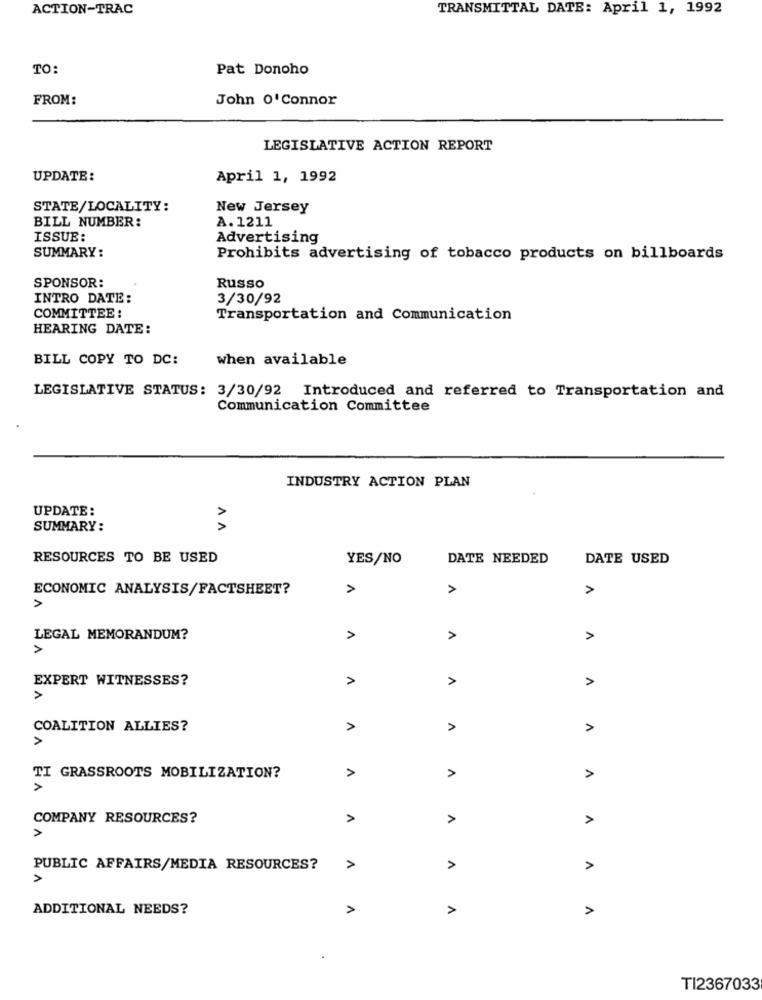
ACTION-TRAC
TRANSMITTAL DATE: April 1, 1992
TO:
Pat Donoho
FROM:
John O'Connor
LEGISLATIVE ACTION REPORT
UPDATE:
April 1, 1992
STATE/LOCALITY:
New Jersey
BILL NUMBER:
A. 1211
ISSUE:
Advertising
SUMMARY:
Prohibits advertising of tobacco products on billboards
SPONSOR:
Russo
INTRO DATE:
3/30/92
COMMITTEE :
Transportation and Communication
HEARING DATE:
BILL COPY TO DC:
when available
LEGISLATIVE STATUS: 3/30/92 Introduced and referred to Transportation and
Communication Committee
INDUSTRY ACTION PLAN
UPDATE:
SUMMARY:
AA
RESOURCES TO BE USED
YES/NO
DATE NEEDED
DATE USED
ECONOMIC ANALYSIS/FACTSHEET?
A
>
A
LEGAL MEMORANDUM?
A
A
EXPERT WITNESSES?
A
A
COALITION ALLIES?
>
A
>
A
TI GRASSROOTS MOBILIZATION?
>
A
COMPANY RESOURCES?
>
>
PUBLIC AFFAIRS/MEDIA RESOURCES?
A
>
A
>
ADDITIONAL NEEDS?
A
>
>
TI2367033